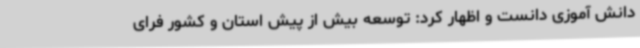
دانش آموزی دانست و اظهار کرد: توسعه بیش از پیش استان و کشور فرای